Report on vaccination in Madras 1877-1894 - 1877-1894
Year: 1877
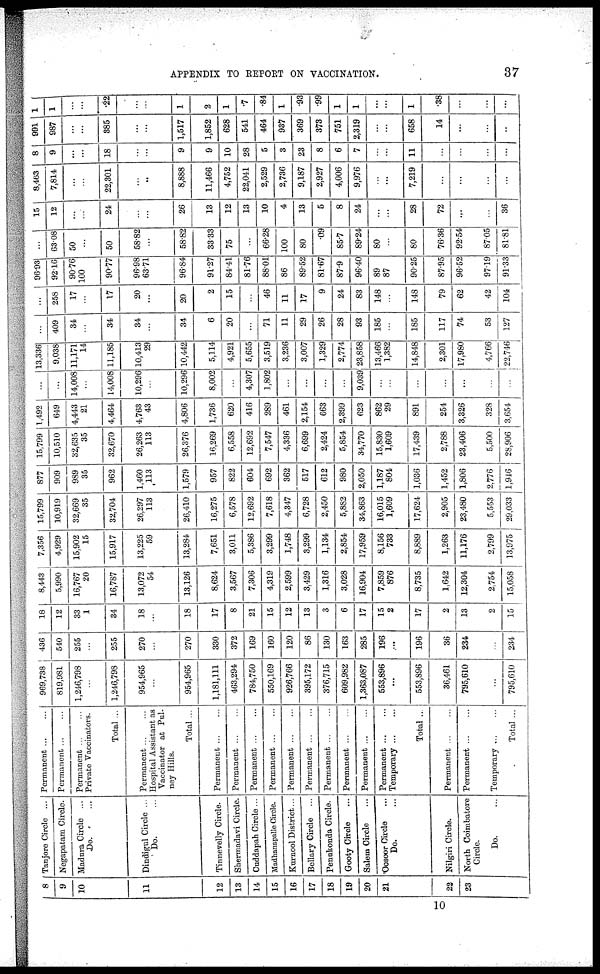
APPENDIX TO REPORT ON VACCINATION.
37
8
9
10
11
12
13
14
15
16
17
18
19
20
21
22
23
Tanjore Circle ... ...
Negapatam Circle.
Madura Circle ...
Do. ...
Dindigul Circle ...
Do. ...
Tinnevelly Circle¬
Shermadavi Circle.
Cuddapah Circle ...
Madhanapalle Circle.
Kurnool District ...
Bellary Circle ...
Penukonda Circle.
Gooty Circle ...
Salem Circle ...
Oosoor Circle ...
Do. ...
Nilgiri Circle.
North Coimbatore
Circle.
Do. ...
Permanent ... ...
Permanent ... ...
Permanent ... ...
Private Vaccinators.
Total ...
Permanent ... ...
Hospital Assistant as
Vaccinator at Pul¬
ney Hills.
Total ...
Permanent ... ...
Permanent ... ...
Permanent
...
...
Permanent ... ...
Permanent ... ...
Permanent ... ...
Permanent ... ...
Permanent
...
...
Permanent ... ...
Permanent
...
...
Temporary ... ...
Total ...
Permanent ... ...
Permanent ... ...
Temporary ... ...
Total ...
969,738
819,981
1,246,798
...
1,246,798
954,965
...
954,965
1,181,111
463,294
784,750
550,169
926,766
395,172
376,715
609,982
1,363,087
553,896
...
553,896
36,461
795,610
...
795,610
436
540
255
...
255
270
...
270
330
372
169
160
120
86
130
163
285
196
...
196
36
234
...
234
18
12
33
1
34
18
...
18
17
8
21
15
12
13
3
6
17
15
2
17
2
13
2
15
8,443
5,990
16,767
20
16,787
13,072
54
13,126
8,624
3,567
7,306
4,319
2,599
3,429
1,316
3,028
16,904
7,859
876
8,735
1,642
12,304
2,754
15,058
7,356
4,929
15,902
15
15,917
13,225
59
13,284
7,651
3,011
5,386
3,299
1,748
3,299
1,134
2,854
17,959
8,156
733
8,889
1,263
11,176
2,799
13,975
15,799
10,919
32,669
35
32,704
26,297
113
26,410
16,275
6,578
12,692
7,618
4,347
6,728
2,450
5,882
34,863
16,015
1,609
17,624
2,905
23,480
5,553
29,033
877
909
989
35
962
1,460
113
1,579
957
822
604
692
362
517
612
980
2,050
1,187
804
1,036
1,452
1,806
2,776
1,946
15,799
10,510
32,635
35
32,670
26,263
113
26,376
16,269
6,558
12,692
7,547
4,336
6,699
2,424
5,854
34,770
15,830
1,609
17,439
2,788
23,406
5,500
28,906
1,492
649
4,443
21
4,464
4,763
43
4,806
1,736
620
416
289
461
2,154
663
2,399
623
862
29
891
254
3,326
328
3,654
...
...
14,008
...
14,008
10,296
...
10,296
8,002
...
4,307
1,802
...
...
...
...
9,039
...
...
...
...
...
...
...
13,336
9,038
11,171
14
11,185
10,413
29
10,442
5,114
4,921
5,655
3,519
3,236
3,007
1,329
2,774
23,858
13,466
1,382
14,848
2,301
17,980
4,766
22,746
...
409
34
...
34
34
...
34
6
20
...
71
11
29
26
28
93
185
...
185
117
74
53
127
...
258
17
...
17
20
...
20
2
15
...
46
11
17
9
24
83
148
...
148
79
62
42
104
96.93
92.16
90.76
100
90.77
96.98
63.71
96.84
91.27
84.41
81.76
88.01
86
89.52
81.67
87.9
96.40
89
87
90.25
87.95
96.52
97.19
91.33
...
63.08
50
...
50
58.82
...
58.82
33.33
75
...
66.28
100
80
.09
85.7
89.24
80
...
80
76.36
92.54
87.05
81.81
15
12
...
...
24
...
...
26
13
12
13
10
4
13
5
8
24
...
...
28
72
...
...
36
8,463
7,814
...
...
22,301
...
...
8,888
11,466
4,752
22,041
2,529
2,736
9,187
2,927
4,006
9,976
...
...
7,219
...
...
...
...
8
9
...
...
18
...
...
9
9
10
28
5
3
23
8
6
7
...
...
11
...
...
...
...
991
987
...
...
385
...
...
1,517
1,852
628
541
464
937
369
373
751
2,319
...
...
658
14
...
...
...
1
1
...
...
.22
...
...
1
2
1
.7
.84
1
.93
.99
1
1
...
...
1
.38
...
...
...
10